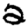
Digit: 2